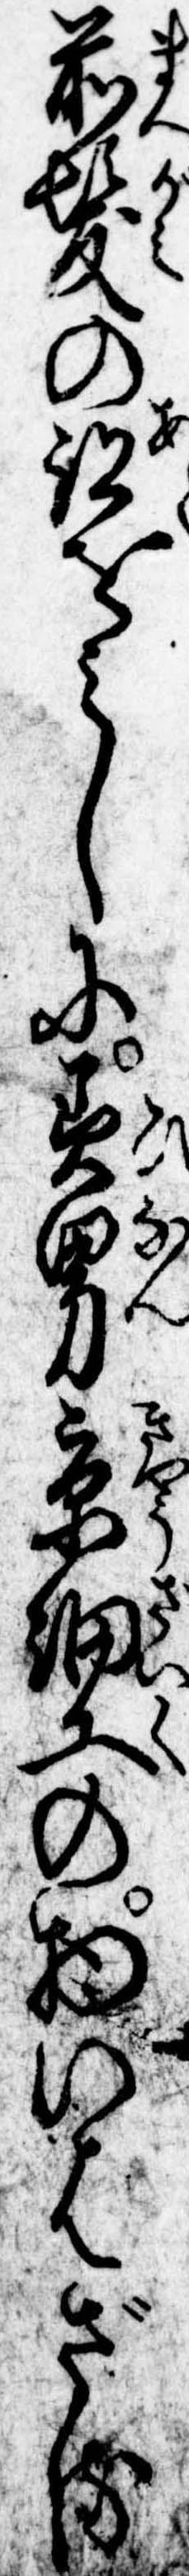
前髪の跡をみしに美男京細工の物いはざる